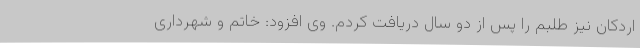
اردکان نیز طلبم را پس از دو سال دریافت کردم. وی افزود: خاتم و شهرداری